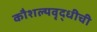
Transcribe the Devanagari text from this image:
कौशल्यवृद्धीची